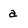
Character: a